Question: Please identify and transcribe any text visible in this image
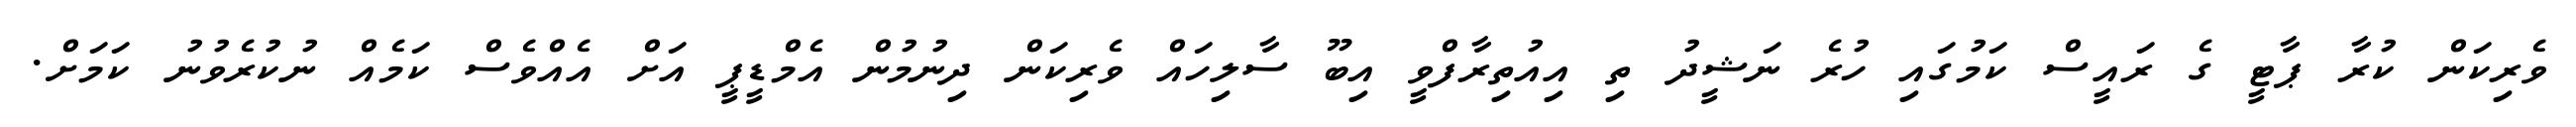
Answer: ވެރިކަން ކުރާ ޕާޓީ ގެ ރައީސް ކަމުގައި ހުރެ ނަޝީދު ތި އިއުތިރާފްވީ އިބޫ ސާލިހައް ވެރިކަން ދިނުމުން އެމްޑީޕީ އަށް އެއްވެސް ކަމެއް ނުކުރެވުނު ކަމަށް.